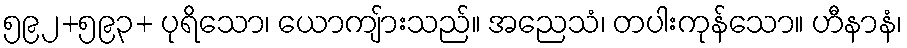
၅၉၂+၅၉၃+ ပုရိသော၊ ယောကျ်ားသည်။ အညေသံ၊ တပါးကုန်သော။ ဟီနာနံ၊